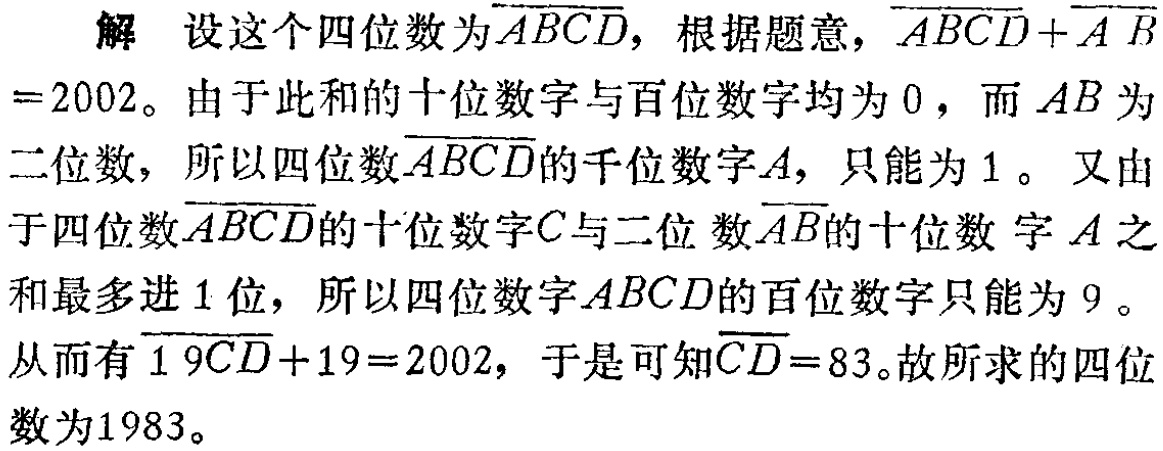
解 设这个四位数为\(\overline{ABCD}\)，根据题意，\(\overline{ABCD}+\overline{AB}=2002\)。由于此和的十位数字与百位数字均为\(0\)，而\(AB\)为二位数，所以四位数\(\overline{ABCD}\)的千位数字\(A\)，只能为\(1\)。 又由于四位数\(\overline{ABCD}\)的十位数字\(C\)与二位数\(\overline{AB}\)的十位数字\(A\)之和最多进\(1\)位，所以四位数字\(ABCD\)的百位数字只能为\(9\)。从而有\(\overline{19CD}+19 = 2002\)，于是可知\(\overline{CD}=83\)。故所求的四位数为\(1983\)。